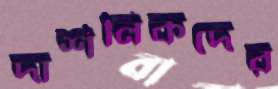
দার্শনিকদের